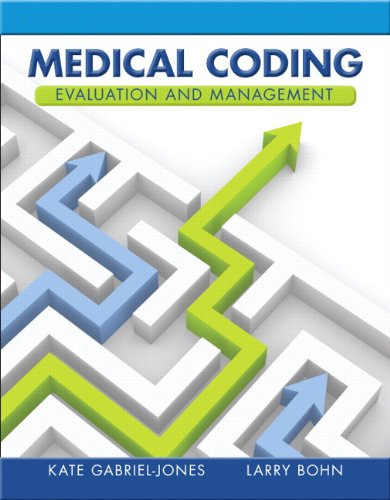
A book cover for Medical Coding Evaluation and Management; Kate Gabriel-Jones; Medical Books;